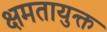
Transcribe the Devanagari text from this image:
क्षमतायुक्त